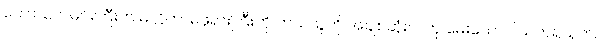
ကောသလမင်းကြီးက မလ္လိကာမိဖုရားကြီးကို ဘယ်သူကို အချစ်ဆုံးလဲဟု မေးသော ပိယတရသုတ်၊